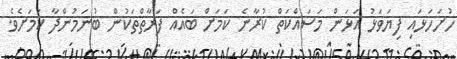
ހުށަހަޅައި ފިޔަވަޅު އަޅަން މަސައްކަތް ކުރާނެ ކަމަށް ބައެއް ފަރާތްތަކުން ބުނަމުންދާ ކަމަށެވެ.